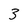
Character: 3